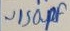
Text: ~150pF